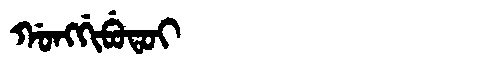
Manchu: ᡤᠣᠩᡤᡳᠪᡠᡨᠣᡳ
Romanization: GONGGIBUTOI